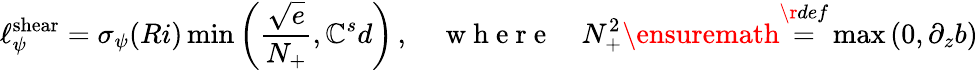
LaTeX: \ell_{\psi}^{\mathrm{{shear}}}=\sigma_{\psi}(Ri)\operatorname*{min}\left(\frac{\sqrt{e}}{N_{+}},\mathbb{C}_{}^{s}d\right)\, ,\quad\mathrm{~w~h~e~r~e~}\quad N_{+}^{2}\ensuremath{\stackrel{\r{def}}{=}}\operatorname*{max}\left(0,\partial_{z}b\right)